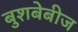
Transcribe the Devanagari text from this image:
बुशबेबीज